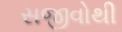
સજીવોથી